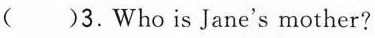
( )3.Who is Jane's mother?